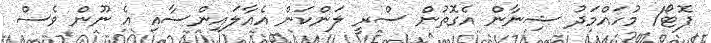
ފޮޓޯ/ މުހައްމަދު ޝިނާން އެގޮތުން ސްރީ ލަންކަން އެއާލައިންސާއި އެ ނޫން ވެސް